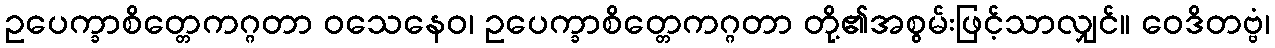
ဥပေက္ခာစိတ္တေကဂ္ဂတာ ဝသေနေဝ၊ ဥပေက္ခာစိတ္တေကဂ္ဂတာ တို့၏အစွမ်းဖြင့်သာလျှင်။ ဝေဒိတဗ္ဗံ၊